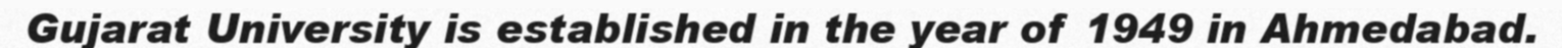
Gujarat University is established in the year of 1949 in Ahmedabad.